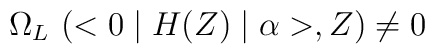
\Omega_{L}~(<0\mid H(Z)\mid \alpha>,Z) \neq 0